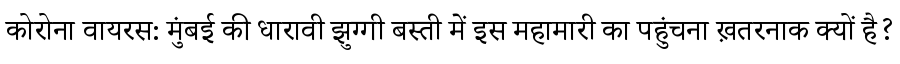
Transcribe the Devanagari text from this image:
कोरोना वायरस: मुंबई की धारावी झुग्गी बस्ती में इस महामारी का पहुंचना ख़तरनाक क्यों है?